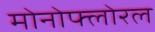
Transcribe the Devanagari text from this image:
मोनोफ्लोरल